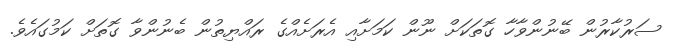
ސަރުކާރުން ބޭނުންވާހާ ގޮތަކަށް ނޫން ކަމަށާއި އެރަށެއްގެ ރައްޔިތުން ބެނުންވާ ގޮތަށް ކަމުގައެވެ.